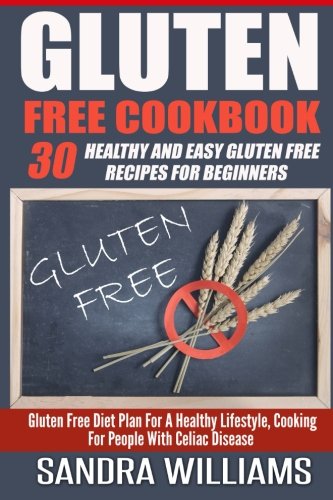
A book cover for Gluten Free Cookbook: 30 Healthy And Easy Gluten Free Recipes For Beginners, Gluten Free Diet Plan For A Healthy Lifestyle, Cooking For People With ... & Cooking, Paleo Vegan Recipes) (Volume 2); Sandra Williams; Cookbooks, Food & Wine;